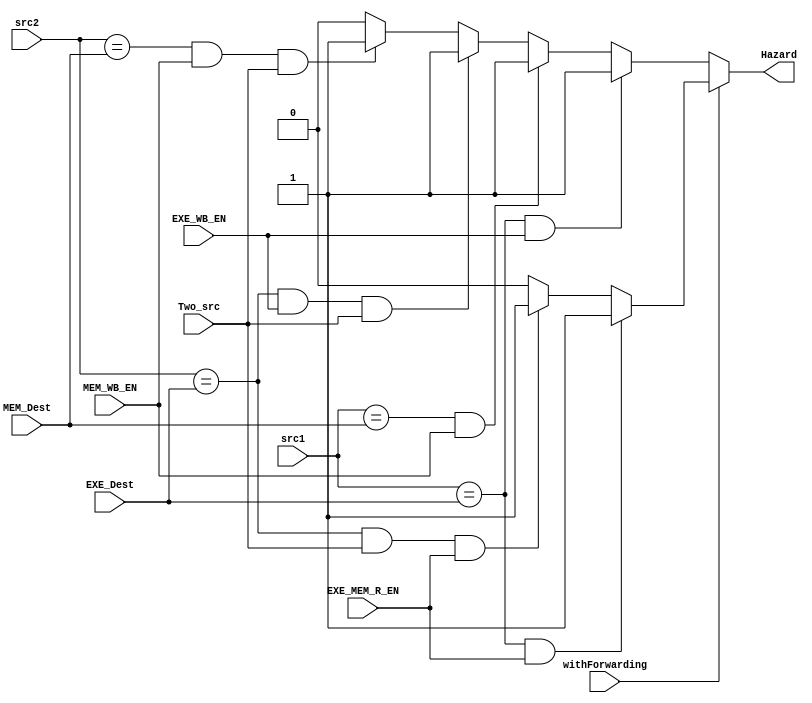
module Hazard_Detection_Unit (
    src1,
    src2,
    EXE_Dest,
    MEM_Dest,
    Two_src,
    EXE_WB_EN,
    MEM_WB_EN,
    EXE_MEM_R_EN,
    withForwarding,

    Hazard
);

    input [3:0] src1;
    input [3:0] src2;
    input [3:0] EXE_Dest;
    input [3:0] MEM_Dest;
    input Two_src;
    input EXE_WB_EN;
    input MEM_WB_EN;
    input withForwarding;
    input EXE_MEM_R_EN;

    output reg Hazard;

    always @(*)
    begin
      Hazard = 1'b0;
      if(~withForwarding)begin
        if ((src1 == EXE_Dest) && (EXE_WB_EN == 1'b1))
          Hazard = 1'b1;
        else if ((src1 == MEM_Dest) && (MEM_WB_EN == 1'b1))
          Hazard = 1'b1;
        else if ((src2 == EXE_Dest) && (EXE_WB_EN == 1'b1) && (Two_src == 1'b1))
          Hazard = 1'b1;
        else if ((src2 == MEM_Dest) && (MEM_WB_EN == 1'b1) && (Two_src == 1'b1))
          Hazard = 1'b1;
        else
          Hazard = 1'b0;
      end

      else if(withForwarding)begin
        if ((src1 == EXE_Dest) && EXE_MEM_R_EN)
            Hazard = 1'b1;
        else
        if ((src2 == EXE_Dest) && (Two_src == 1'b1) && EXE_MEM_R_EN)
            Hazard = 1'b1;
        else
            Hazard = 1'b0;
      end
      else
        Hazard=1'b0;
    end

endmodule